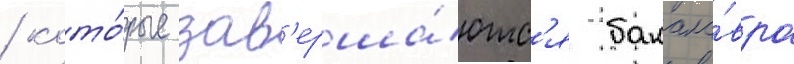
/ кото́рые зав'ерша́ютс'я бакала́вра